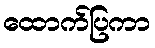
ထောက်ပြကာ